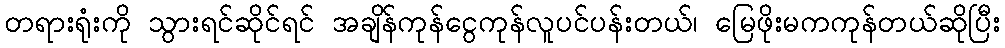
တရားရုံးကို သွားရင်ဆိုင်ရင် အချိန်ကုန်ငွေကုန်လူပင်ပန်းတယ်၊ မြေဖိုးမကကုန်တယ်ဆိုပြီး